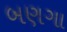
બણગા